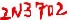
Text: 2N3702